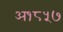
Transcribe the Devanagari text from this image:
अ१८५७